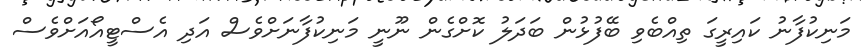
މަނިކުފާނު ކައިރީގަ ތިއްބެވި ބޭފުޅުން ބަދަލު ކޮށްގެން ނޫނީ މަނިކުފާނަށްވެސް އަދި އެސްޓީއޯއަށްވެސް